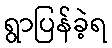
ရွာပြန်ခဲ့ရ